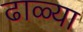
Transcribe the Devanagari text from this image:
ढाळ्या